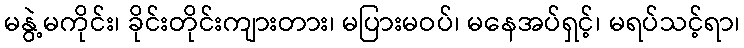
မနွဲ့မကိုင်း၊ ခိုင်းတိုင်းကျားတား၊ မပြားမဝပ်၊ မနေအပ်ရှင့်၊ မရပ်သင့်ရာ၊